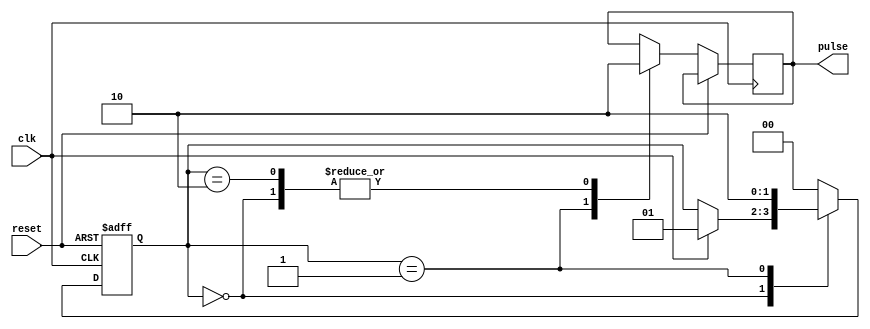
module RisingEdgePulseGenerator (
    input wire clk,
    input wire reset,
    output reg pulse
);

reg [1:0] state;
parameter IDLE = 2'b00;
parameter PULSE_HIGH = 2'b01;
parameter PULSE_LOW = 2'b10;

always@(posedge clk or posedge reset)
begin
    if(reset)
        state <= IDLE;
    else
        case(state)
            IDLE: begin
                pulse <= 0;
                if(clk)
                    state <= PULSE_HIGH;
            end
            PULSE_HIGH: begin
                pulse <= 1;
                state <= PULSE_LOW;
            end
            PULSE_LOW: begin
                pulse <= 0;
                state <= IDLE;
            end
            default: state <= IDLE;
        endcase
end

endmodule